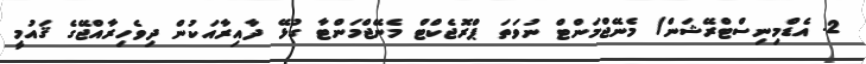
2. އެޑްމިނިސްޓްރޭޝަން/ މެނޭޖްމަންޓް ނުވަތަ ޕްރޮޖެކްޓް މެނޭޖްމަންޓާ ގުޅޭ ދާއިރާއަކުން ދިވެހިރާއްޖޭގެ ޤައުމީ